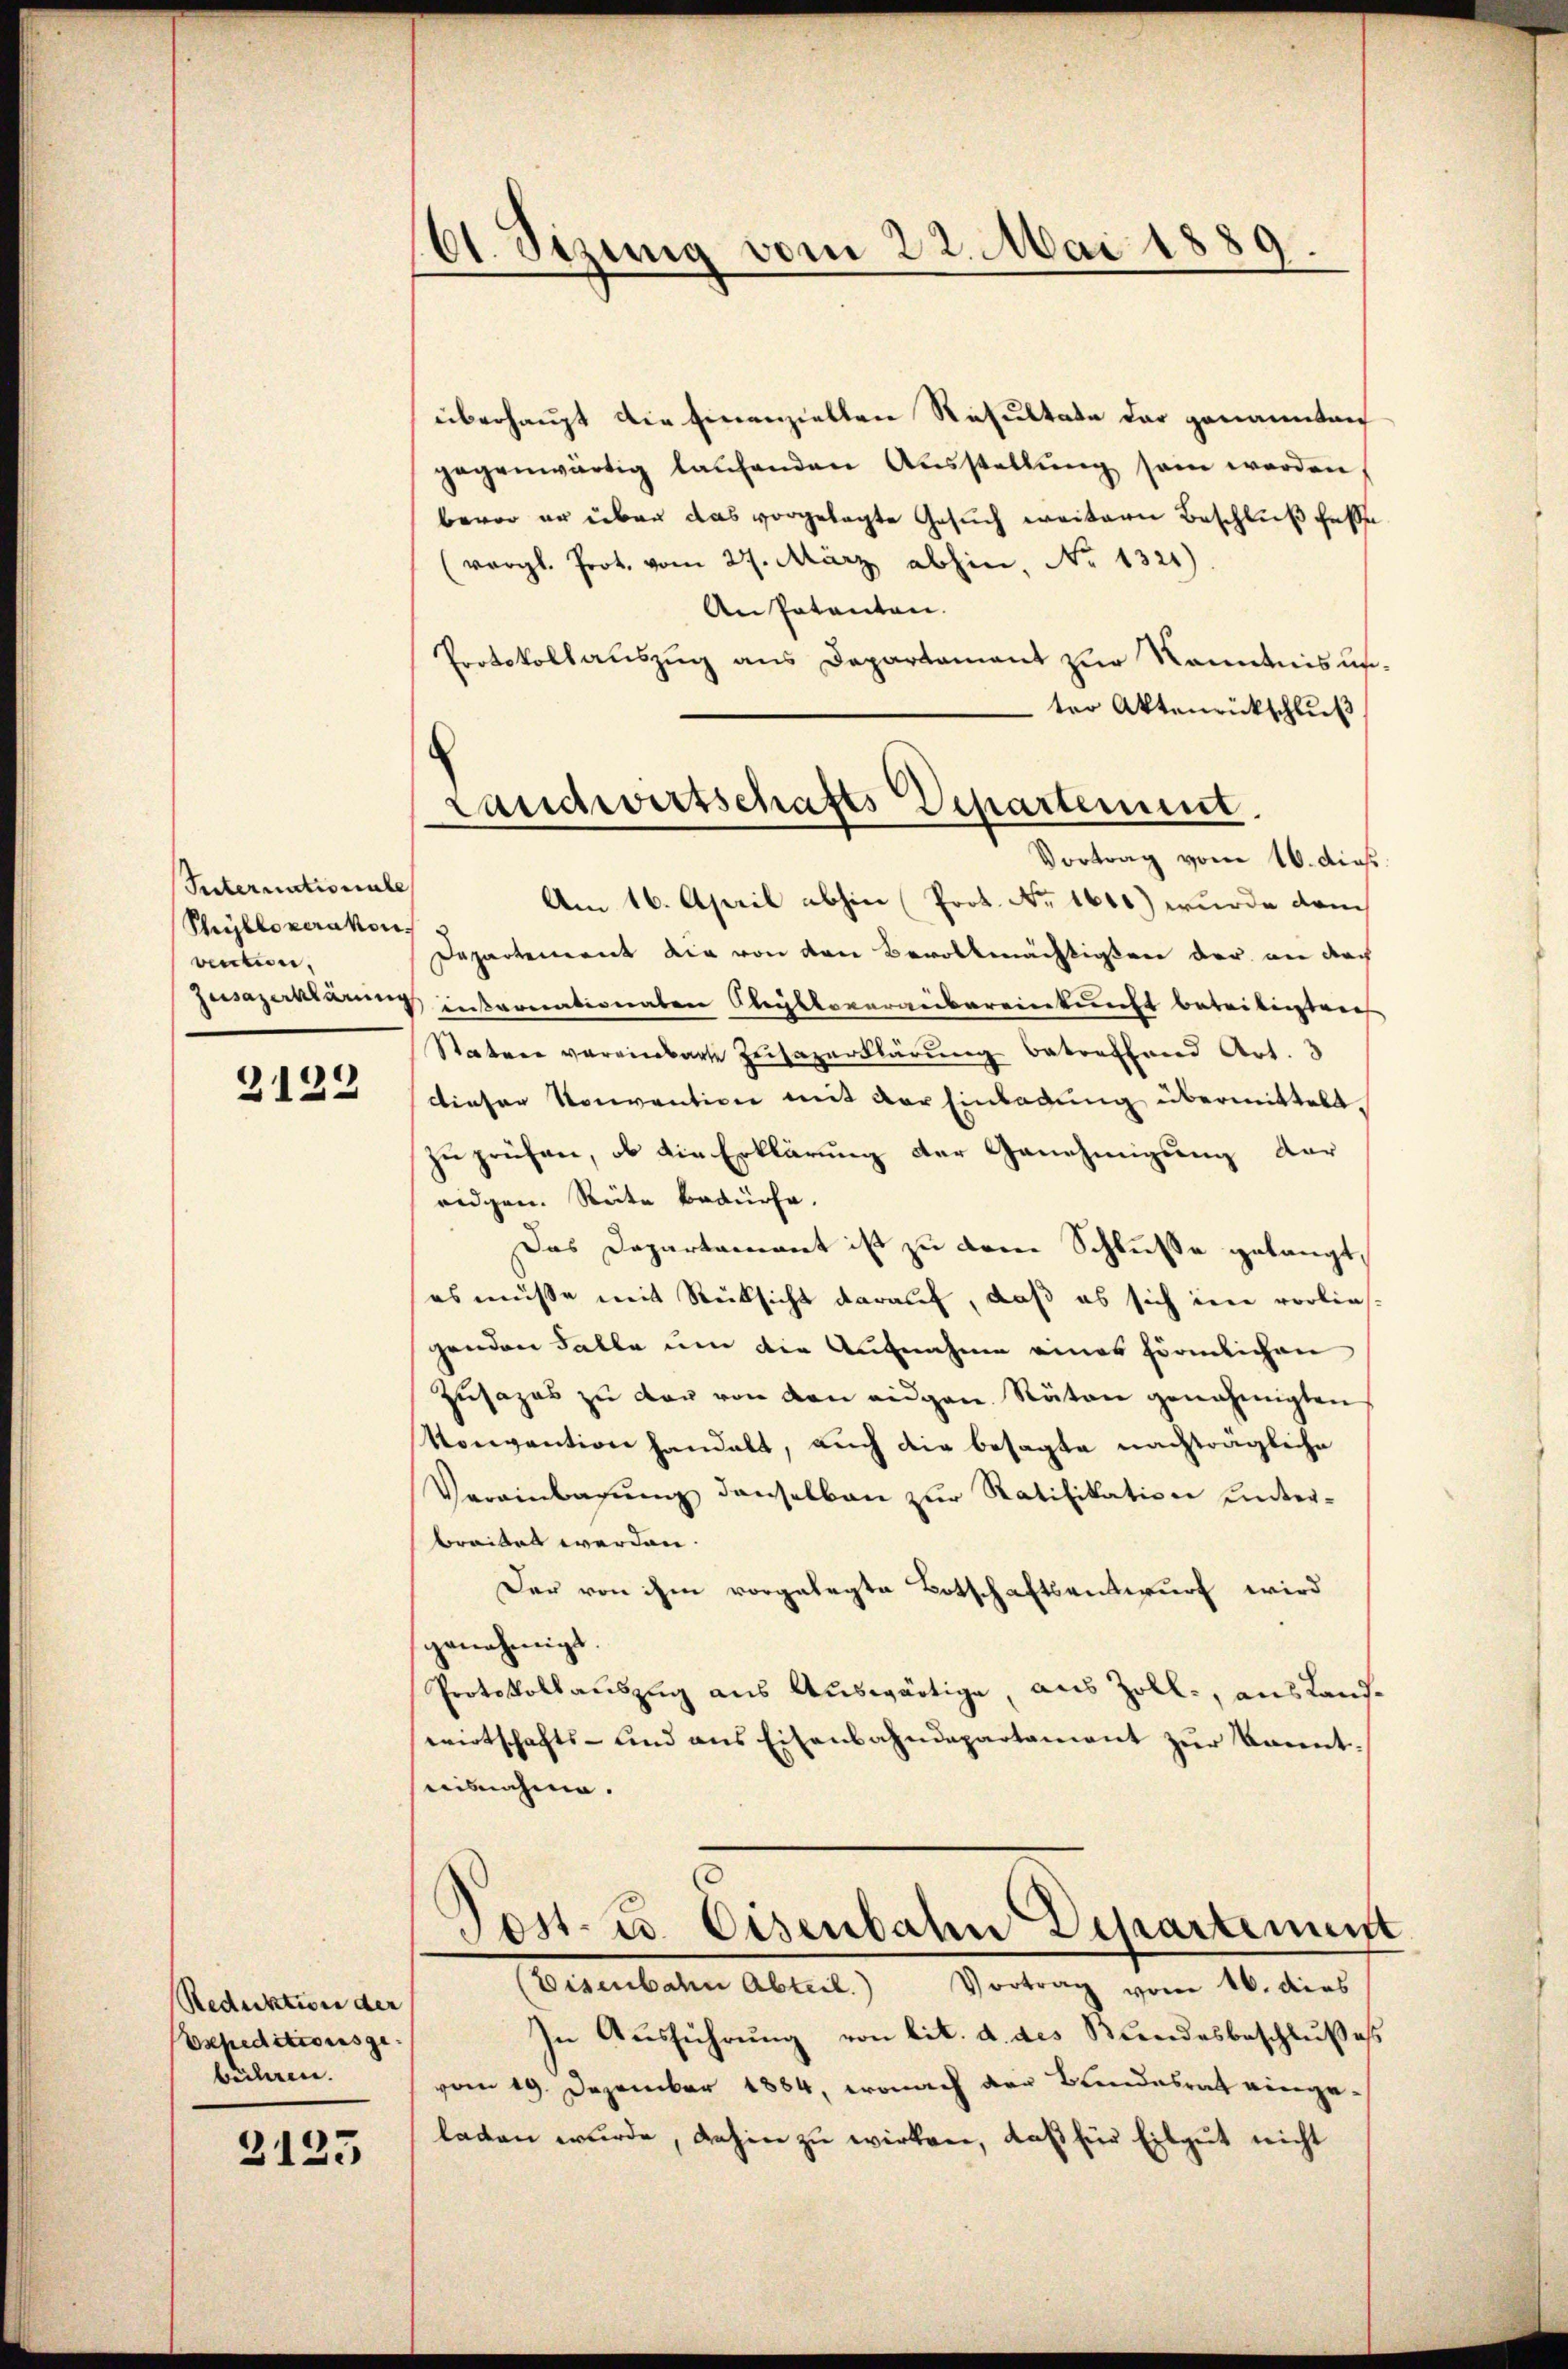
Suternationale
Phÿbloperakor.
vention,
Jusazerkläre

2122

Reduktion der
Espeditionsge
beilen.

2123

61. Sizung vom 22. Mai 1889.

Landwirtschafts Departement.

überhaupt die finanziellen Resultate der genannten
gegenwärtig laufenden Ausstellung sein werden,
bevor er über das vorgelegte Gesuch weitern Beschluß fasse
(vergl. Prot. vom 27. März abhin, No 1321)
An Patenten.
Protokollauszug aus Departament zur Kenntnis unter Aktenrückschluß
Vortrag vom 16. dies
Am 16. April abhin Prot. No. 1610) wurde dem
Departement die von den Bevollmächtigen der an doch
intronationalen Olrybloveranbereinkunft bereitigten
Statuer vereinbarte Zeitagerklärung betreffend Art. 3
dieser Konvention mit der Einladung übermittelt.
zuprüfen, ob die Erklärung der Genehmigung dar
ridgen. Reite bedürfe.
Das Departament ist zu dem Schlusse gelangt,
es müsse mit Rücksicht darauf, daß es sich im vorlies-
genden Falle um die Aufnahme eines förmlichen
Zŭsazes zŭ der von den eigen Räten genehmigten
konvention handelt, auch die besagte nachträgliche
Vereinbahnung denselben zur Ratifikation unterbreitet werden.
Der von ihm vorgelegte Botschaftsentwurf wird
genehmigt.
Protokollauszug aus Auswärtige, aus Zoll, aus Landwirtschafts- und aus Eisenbahndepartament zur kannteisnahme.
Post- u. Eisenbahn Departement
(Eisenbahn Abteil. Vortrag vom 16. dies
In Ausführung von lit. a. des Bundesbeschlußes
vom 19. Dezember 1884, wonach der Blindesrath eingelaten wurde, dahin zu wirken, daß für Eilgut nicht